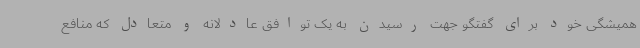
همیشگی خود برای گفتگو جهت رسیدن به یک توافق عادلانه و متعادل که منافع